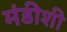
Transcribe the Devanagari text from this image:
मंडीशी